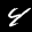
Label: 4